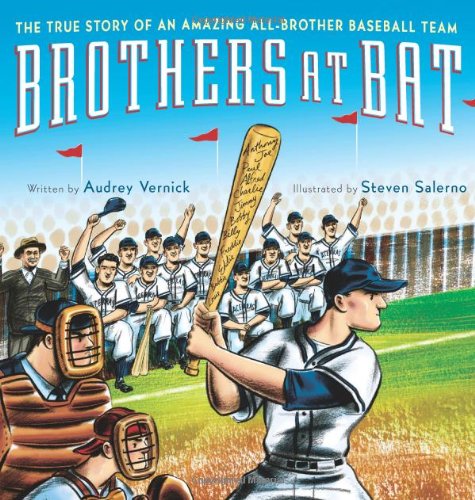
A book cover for Brothers at Bat: The True Story of an Amazing All-Brother Baseball Team; Audrey Vernick; Children's Books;